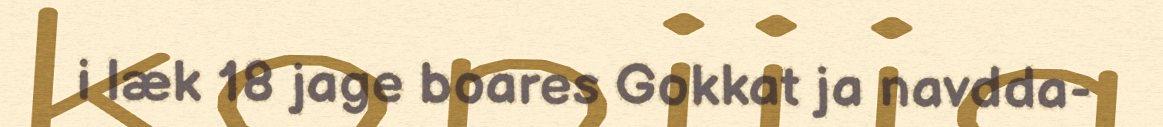
i læk 18 jage boares Gokkat ja navdda-